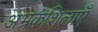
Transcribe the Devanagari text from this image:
अभ्रकशिलाएँ